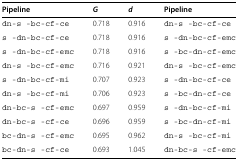
| Pipeline | G | d | Pipeline |
 | --- | --- | --- | --- |
 | dn-s -bc-cf-ce | 0.718 | 0.916 | dn-s -bc-cf-ce |
 | s -dn-bc-cf-ce | 0.718 | 0.916 | s -dn-bc-cf-emc |
 | s -dn-bc-cf-emc | 0.718 | 0.916 | s -bc-dn-cf-emc |
 | dn-s -bc-cf-emc | 0.716 | 0.921 | dn-s -bc-cf-emc |
 | s -dn-bc-cf-mi | 0.707 | 0.923 | s -dn-bc-cf-ce |
 | dn-s -bc-cf-mi | 0.706 | 0.923 | s -bc-dn-cf-ce |
 | dn-bc-s -cf-emc | 0.697 | 0.959 | s -dn-bc-cf-mi |
 | dn-bc-s -cf-ce | 0.696 | 0.959 | s -bc-dn-cf-mi |
 | bc-dn-s -cf-emc | 0.695 | 0.962 | dn-s -bc-cf-mi |
 | bc-dn-s -cf-ce | 0.693 | 1.045 | dn-bc-s -cf-emc |